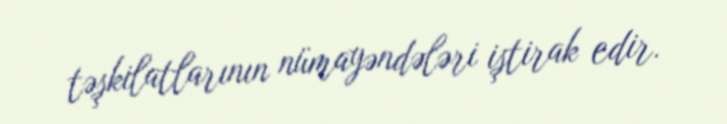
təşkilatlarının nümayəndələri iştirak edir.